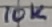
Text: 10K